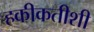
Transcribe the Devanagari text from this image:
हकीकतीशी